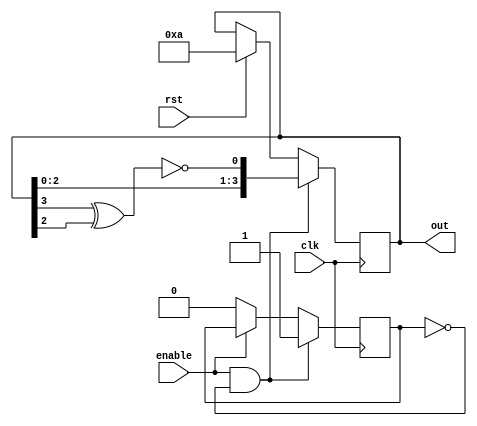
`timescale 1ns / 1ps
//////////////////////////////////////////////////////////////////////////////////
// Company:
// Engineer:
//
// Design Name:
// Module Name:    psuedo_rand
// Project Name:
// Target Devices:
// Tool versions:
// Description: Generates a psuedo random 4 bit number.
//						If it doesn't work, it'll get scrapped and I'll cycle through sets in order
// Dependencies:
//
// Revision:
// Revision 0.01 - File Created
// Additional Comments: See link below for credits
// https://vlsicoding.blogspot.com/2014/07/verilog-code-for-4-bit-linear-feedback-shift-register.html
//////////////////////////////////////////////////////////////////////////////////
module psuedo_rand(clk, rst, enable, out);
    input clk, rst;
    input enable;
    output [3:0] out;

    reg enabled = 1'b0;
    reg [3:0] register=4'b1010;

    assign out=register;

    always @(posedge clk) begin
        if (rst)
            register <= 4'b1010;
        if (enable && !enabled) begin // only update if enabled to do so
            register <= {register[2:0], ~(register[3] ^ register[2])};
            enabled <= 1'b1;
        end else if (enable == 0) begin
            enabled <= 1'b0;
        end else begin
        end
    end

endmodule